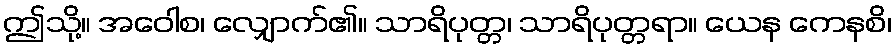
ဤသို့။ အဝေါစ၊ လျှောက်၏။ သာရိပုတ္တ၊ သာရိပုတ္တရာ။ ယေန ကေနစိ၊